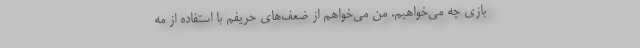
بازی چه می‌خواهیم. من می‌خواهم از ضعف‌های حریفم با استفاده‌ از مه